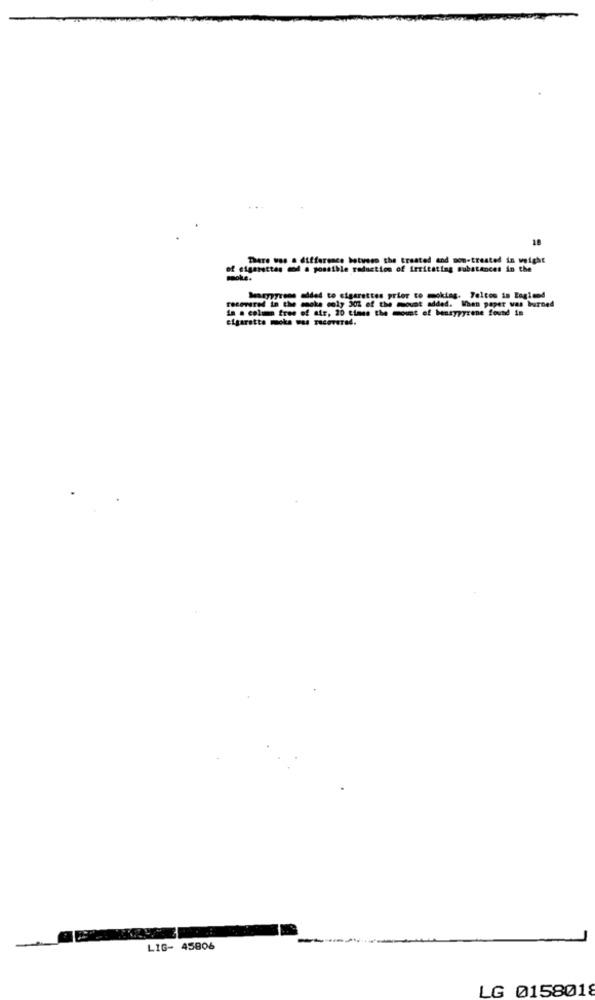
18
There was a difference between the treated and son-treated in weight
of cigarettes mod a possible reduction of irritating substances in the
recovered in the smoke coly 30% of the mount added. When paper was burned
Seseypyrene added to cigarettes prior to moking. Foltos in England
In a column free of air, 20 times the mount of bansypyrene found in
cigarette moke was recovered.
LIG- 45806
LG 0158018